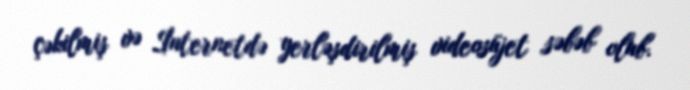
çəkilmiş və İnternetdə yerləşdirilmiş videosüjet səbəb olub.